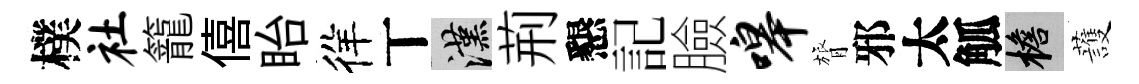
樸社籠僖眙徉丅漢荊懇記臉嗥膂邪太觚檐䕶